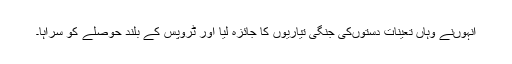
انہوںنے وہاں تعینات دستوںکی جنگی تیاریوں کا جائزہ لیا اور ٹروپس کے بلند حوصلے کو سراہا۔